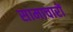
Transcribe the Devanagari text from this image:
सामाचारों